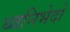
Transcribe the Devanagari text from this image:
ध्वनिभेदों